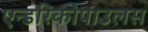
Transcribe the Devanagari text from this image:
एन्डरिकोपाउलस